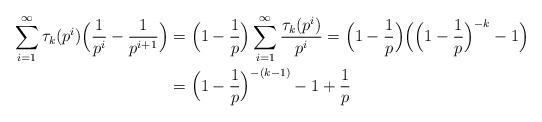
LaTeX: \begin{align*} \sum_{i=1}^{\infty} \tau_k(p^i) \Big( \frac{1}{p^i} - \frac{1}{p^{i+1}} \Big) & = \Big( 1-\frac{1}{p} \Big) \sum_{i=1}^{\infty} \frac{\tau_k(p^i)}{p^i} = \Big( 1-\frac{1}{p} \Big) \Big( \Big(1 -\frac{1}{p} \Big)^{-k} -1 \Big)\\ & = \Big( 1-\frac{1}{p} \Big)^{-(k-1)} -1 + \frac{1}{p}\end{align*}